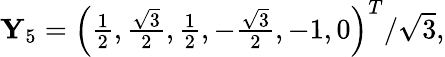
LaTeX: \begin{array}{r}{\mathbf{Y}_{5}=\left(\frac{1}{2},\frac{\sqrt{3}}{2},\frac{1}{2},-\frac{\sqrt{3}}{2},-1,0\right)^{T}/\sqrt{3},}\end{array}